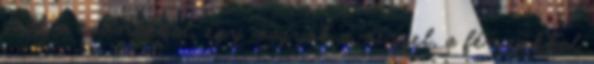
csak a csónakkal, egy vagyok a vízzel, a fényekkel